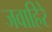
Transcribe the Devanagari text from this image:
जवाहिरे